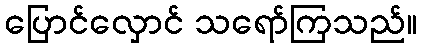
ပြောင်လှောင် သရော်ကြသည်။